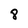
Character: 8